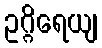
ဥဂ္ဂိရေယျ